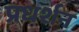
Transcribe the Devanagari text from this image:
प्रधर्शन